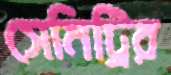
সেমিট্রির